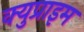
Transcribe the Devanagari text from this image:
क्युप्राइम